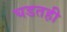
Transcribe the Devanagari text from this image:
घडतही